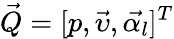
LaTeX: \vec{Q}=[p,\vec{\upsilon},\vec{\alpha_{l}}]^{T}